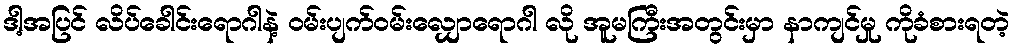
ဒါ့အပြင် လိပ်ခေါင်းရောဂါနဲ့ ဝမ်းပျက်ဝမ်းလျှောရောဂါ လို အူမကြီးအတွင်းမှာ နာကျင်မှု ကိုခံစားရတဲ့